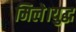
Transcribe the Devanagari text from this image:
मिले।युद्ध